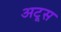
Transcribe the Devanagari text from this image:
अटूस